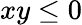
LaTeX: xy\le 0